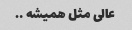
عالی مثل همیشه ….